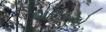
શરતએ